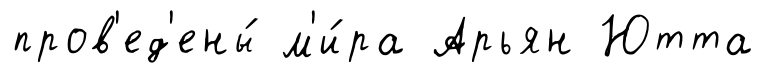
пров'ед'ены́ м'и́ра Арьян Ютта